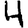
Digit: 4